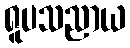
ရူပသညာယ